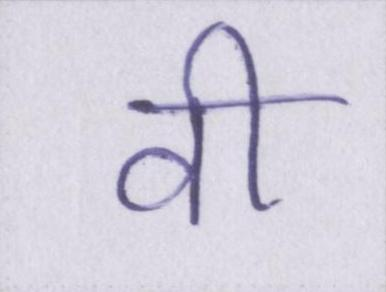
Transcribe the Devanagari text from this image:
वी